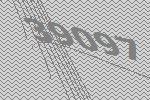
39097